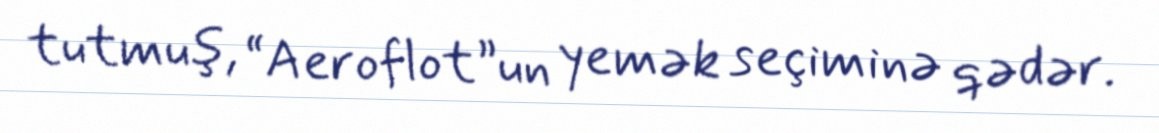
tutmuş, “Aeroflot”un yemək seçiminə qədər.